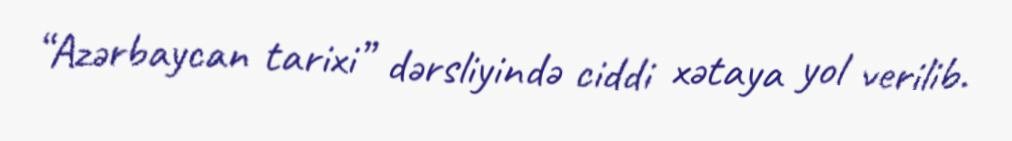
“Azərbaycan tarixi” dərsliyində ciddi xətaya yol verilib.